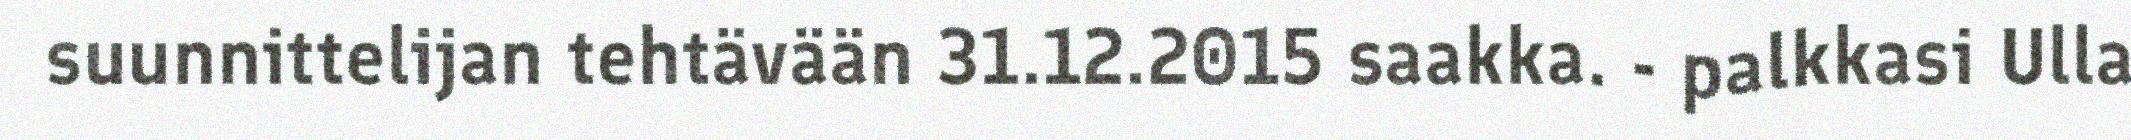
suunnittelijan tehtävään 31.12.2015 saakka. - palkkasi Ulla